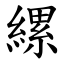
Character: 縲